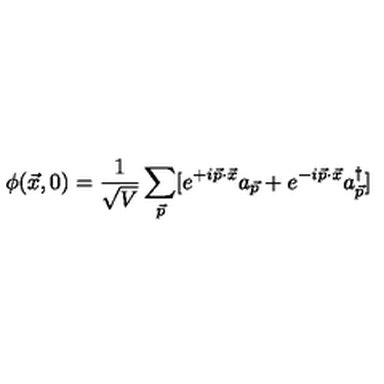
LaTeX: \phi ( \vec { x } , 0 ) = { \frac { 1 } { \sqrt { V } } } \sum _ { \vec { p } } [ e ^ { + i \vec { p } \cdot \vec { x } } a _ { \vec { p } } + e ^ { - i \vec { p } \cdot \vec { x } } a _ { \vec { p } } ^ { \dag } ]